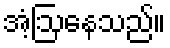
အံ့ဩနေသည်။